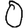
Digit: 0